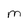
Character: m